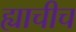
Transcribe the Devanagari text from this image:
ह्याचीच